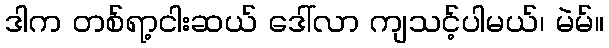
ဒါက တစ်ရာ့ငါးဆယ် ဒေါ်လာ ကျသင့်ပါမယ်၊ မဲမ်။